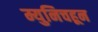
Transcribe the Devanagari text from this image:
म्युनिचहून